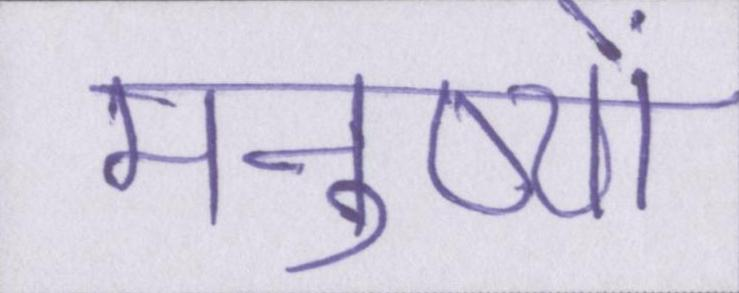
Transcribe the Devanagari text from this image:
मनुष्यों